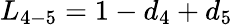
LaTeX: {L_{4-5}}=1-{d_{4}}+{d_{5}}